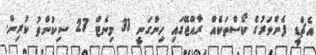
އެޗްޑީ ފެންވަރުގެ ކޯސްތަކެއް ރާއްޖޭގައި ހިންގަނީ 31 މިނެޓް 27 ސިކުންތު ކުރިން.